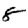
Digit: 8